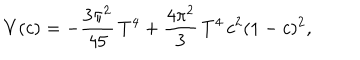
LaTeX: V ( c ) = - \frac { 3 \pi ^ { 2 } } { 4 5 } \, T ^ { 4 } + \frac { 4 \pi ^ { 2 } } { 3 } \, T ^ { 4 } \, c ^ { 2 } ( 1 - c ) ^ { 2 } ,